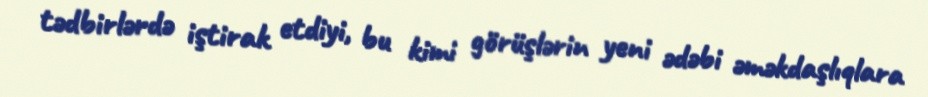
tədbirlərdə iştirak etdiyi, bu kimi görüşlərin yeni ədəbi əməkdaşlıqlara